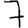
Digit: 7